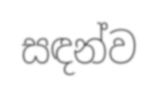
සඳන්ව